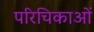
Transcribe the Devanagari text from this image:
परिचिकाओं